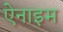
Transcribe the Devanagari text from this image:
ऐनाइम